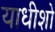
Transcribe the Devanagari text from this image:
याधीशो